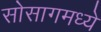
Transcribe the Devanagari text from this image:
सोसागमध्ये